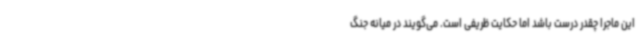
این ماجرا چقدر درست باشد اما حکایت ظریفی است. می‌گویند در میانه جنگ